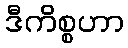
ဒီကိစ္စဟာ